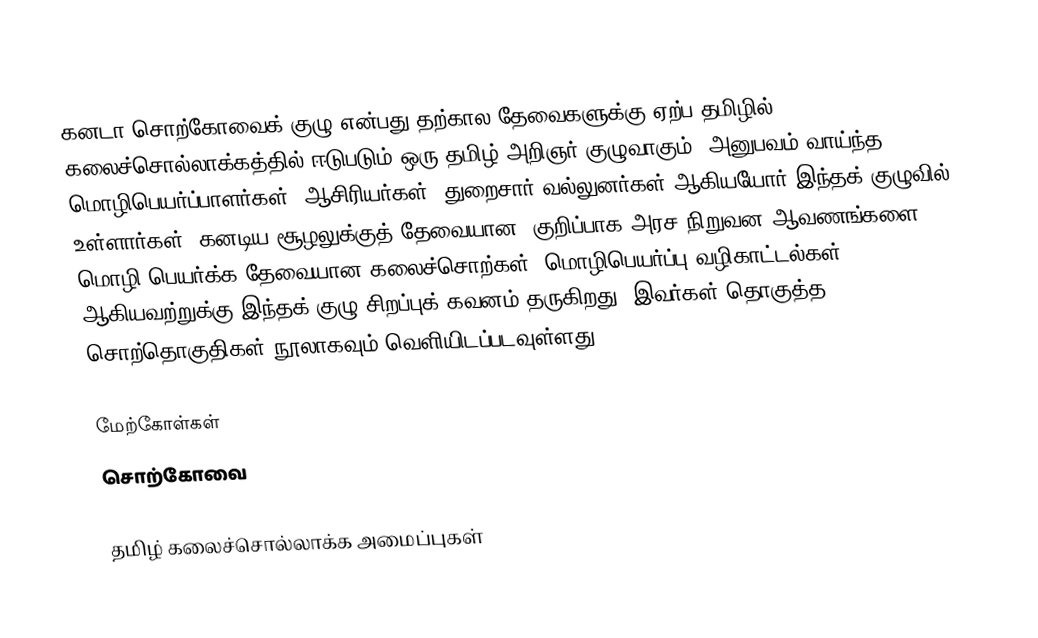
கனடா சொற்கோவைக் குழு என்பது தற்கால தேவைகளுக்கு ஏற்ப தமிழில் கலைச்சொல்லாக்கத்தில் ஈடுபடும் ஒரு தமிழ் அறிஞர் குழுவாகும்.  அனுபவம் வாய்ந்த மொழிபெயர்ப்பாளர்கள், ஆசிரியர்கள், துறைசார் வல்லுனர்கள் ஆகியயோர் இந்தக் குழுவில் உள்ளார்கள்.  கனடிய சூழலுக்குத் தேவையான, குறிப்பாக அரச/நிறுவன ஆவணங்களை மொழி பெயர்க்க தேவையான கலைச்சொற்கள், மொழிபெயர்ப்பு வழிகாட்டல்கள் ஆகியவற்றுக்கு இந்தக் குழு சிறப்புக் கவனம் தருகிறது.  இவர்கள் தொகுத்த சொற்தொகுதிகள் நூலாகவும் வெளியிடப்படவுள்ளது.

மேற்கோள்கள்
 சொற்கோவை

தமிழ் கலைச்சொல்லாக்க அமைப்புகள்